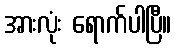
အားလုံး ရောက်ပါပြီ။